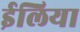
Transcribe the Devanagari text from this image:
ईलिया